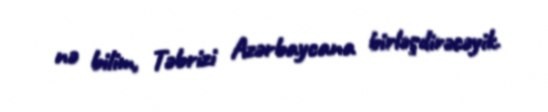
nə bilim, Təbrizi Azərbaycana birləşdirəcəyik.